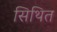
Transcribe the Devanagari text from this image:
सिथित